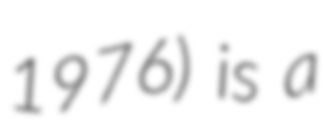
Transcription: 1976) is a